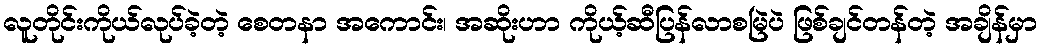
လူတိုင်းကိုယ်လုပ်ခဲ့တဲ့ စေတနာ အကောင်း၊ အဆိုးဟာ ကိုယ့်ဆီပြန်လာစမြဲပဲ ဖြစ်ချင်တန်တဲ့ အချိန်မှာ